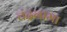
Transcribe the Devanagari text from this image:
चंद्रनामा